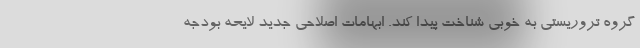
گروه تروریستی به خوبی شناخت پیدا کند. ابهامات اصلاحی جدید لایحه بودجه